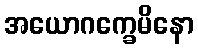
အယောဂက္ခေမိနော